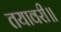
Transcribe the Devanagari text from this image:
तयावरी॥